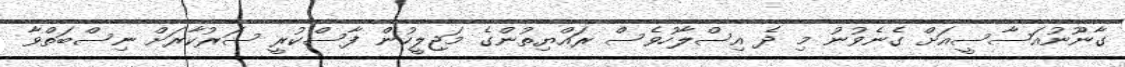
ގާނޫނުއަސާސީއަށް ގެނެވުނު މި ދެ އިސްލާހުވެސް ރައްޔިތުންގެ މަޖިލީހުން ފާސްކުރީ ސަރުކާރަށް ނިސްބަތްވާ